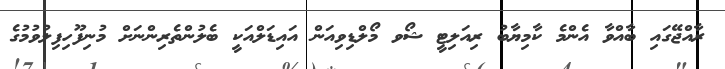
ރާއްޖޭގައި ބާއްވާ އެންމެ ކާމިޔާބު ރިއަލިޓީ ޝޯވ މޯލްޑިވިއަން އައިޑަލްއަކީ ބެލުންތެރިންނަށް މުނިފޫހިފިލުވުމުގެ